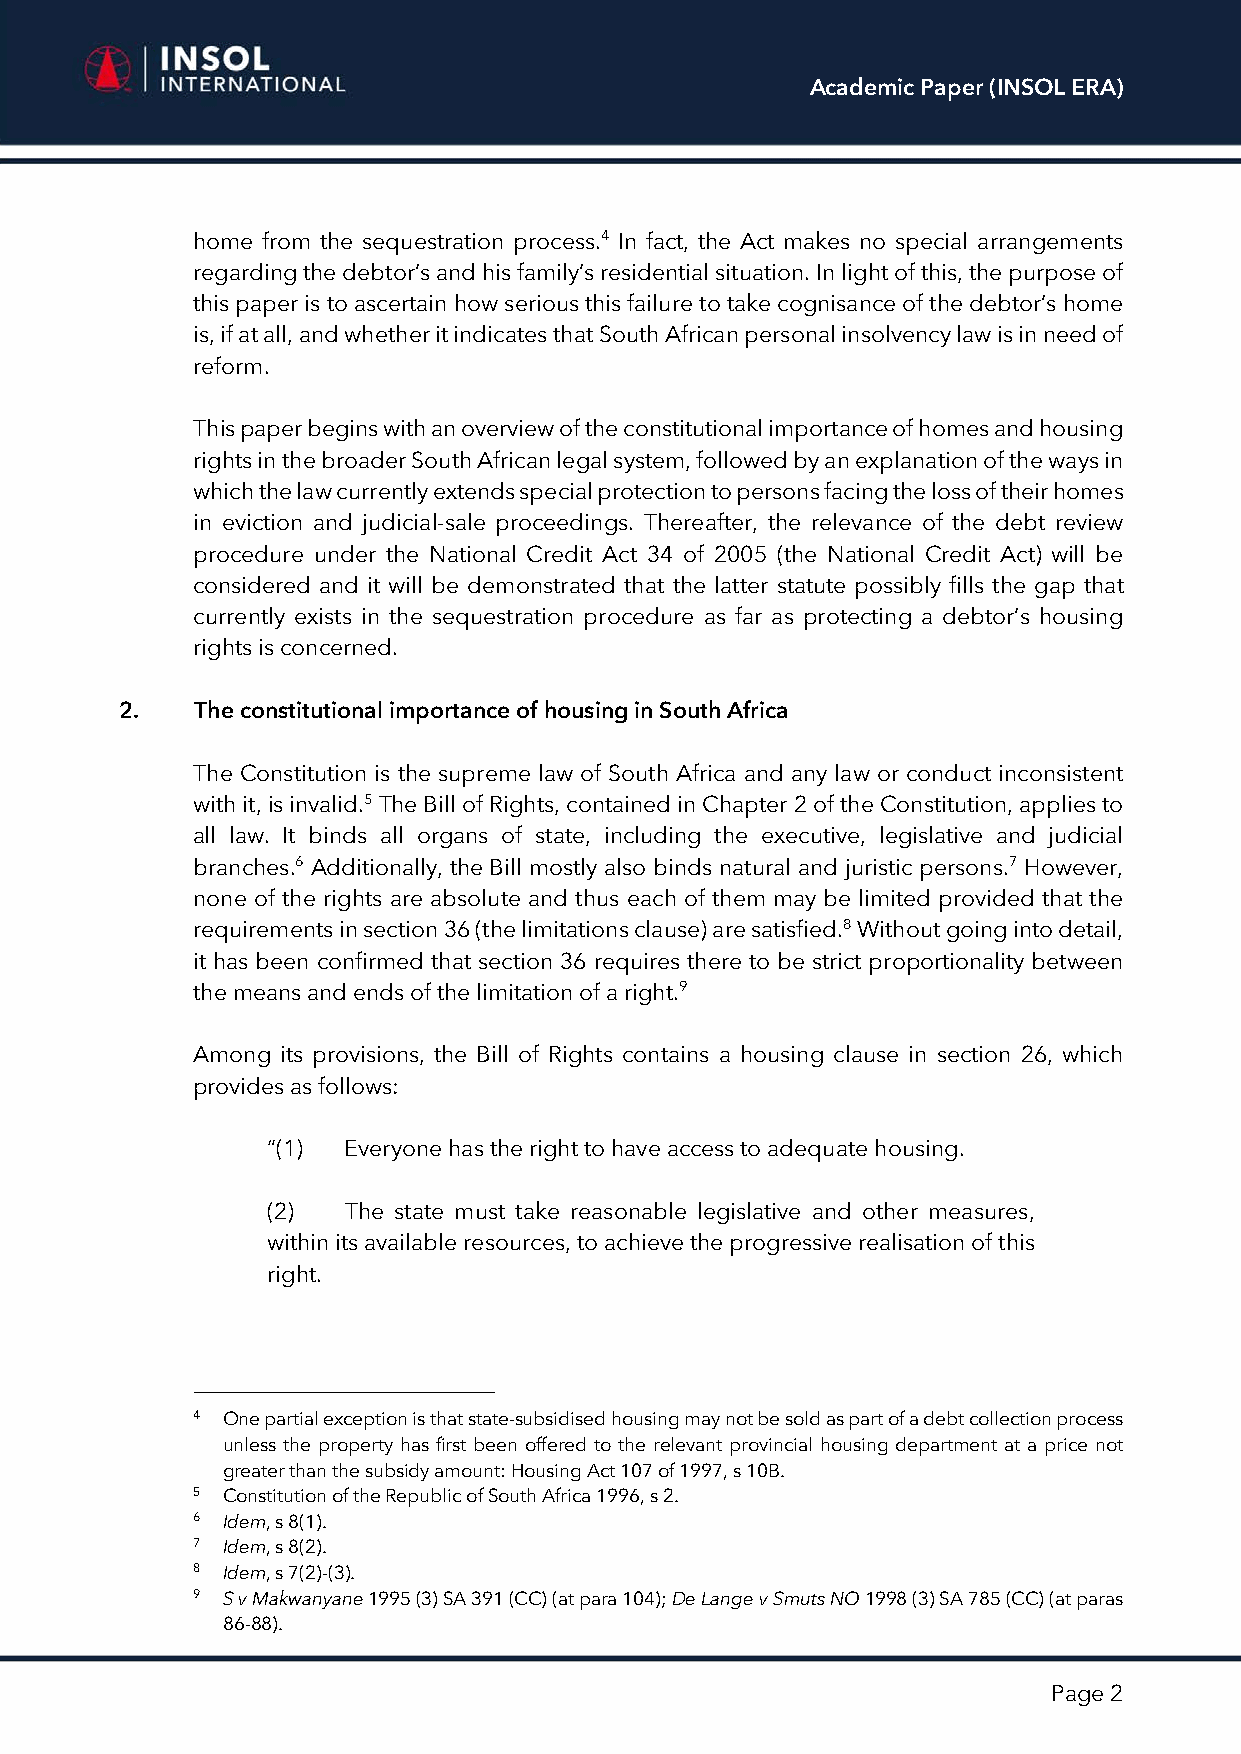
Academic Paper (INSOL ERA)
 home from the sequestration process.4 In fact, the Act makes no special arrangements
 regarding the debtor’s and his family’s residential situation. In light of this, the purpose of
 this paper is to ascertain how serious this failure to take cognisance of the debtor’s home
 is, if at all, and whether it indicates that South African personal insolvency law is in need of
 reform.
 This paper begins with an overview of the constitutional importance of homes and housing
 rights in the broader South African legal system, followed by an explanation of the ways in
 which the law currently extends special protection to persons facing the loss of their homes
 in eviction and judicial-sale proceedings. Thereafter, the relevance of the debt review
 procedure under the National Credit Act 34 of 2005 (the National Credit Act) will be
 considered and it will be demonstrated that the latter statute possibly fills the gap that
 currently exists in the sequestration procedure as far as protecting a debtor’s housing
 rights is concerned.
 2.   The constitutional importance of housing in South Africa
 The Constitution is the supreme law of South Africa and any law or conduct inconsistent
 with it, is invalid.5 The Bill of Rights, contained in Chapter 2 of the Constitution, applies to
 all law. It binds all organs of state, including the executive, legislative and judicial
 branches.6 Additionally, the Bill mostly also binds natural and juristic persons.7 However,
 none of the rights are absolute and thus each of them may be limited provided that the
 requirements in section 36 (the limitations clause) are satisfied.8 Without going into detail,
 it has been confirmed that section 36 requires there to be strict proportionality between
 the means and ends of the limitation of a right.9
 Among its provisions, the Bill of Rights contains a housing clause in section 26, which
 provides as follows:
 “(1) Everyone has the right to have access to adequate housing.
 (2)  The state must take reasonable legislative and other measures,
 within its available resources, to achieve the progressive realisation of this
 right.
 4 One partial exception is that state-subsidised housing may not be sold as part of a debt collection process
 unless the property has first been offered to the relevant provincial housing department at a price not
 greater than the subsidy amount: Housing Act 107 of 1997, s 10B.
 5 Constitution of the Republic of South Africa 1996, s 2.
 6 Idem, s 8(1).
 7 Idem, s 8(2).
 8 Idem, s 7(2)-(3).
 9 S v Makwanyane 1995 (3) SA 391 (CC) (at para 104); De Lange v Smuts NO 1998 (3) SA 785 (CC) (at paras
 86-88).
 Page 2